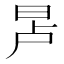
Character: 𬀭